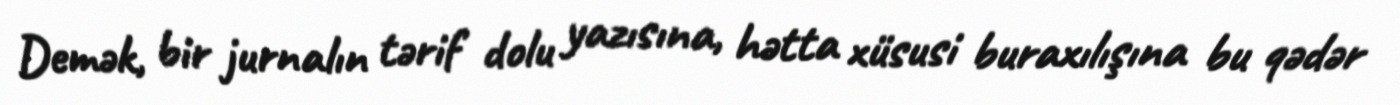
Demək, bir jurnalın tərif dolu yazısına, hətta xüsusi buraxılışına bu qədər